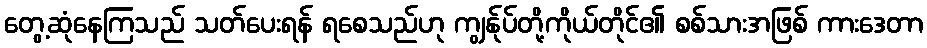
တွေ့ဆုံနေကြသည် သတ်ပေးရန် ရစေသည်ဟု ကျွန်ုပ်တို့ကိုယ်တိုင်၏ စစ်သားအဖြစ် ကားဒေတာ